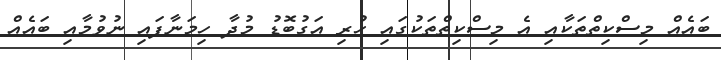
ބައެއް މިސްކިތްތަކާއި އެ މިސްކިތްތަކުގައި ހުރި އަގުބޮޑު މުދާ ހިމަނާފައި ނުވުމާއި ބައެއް